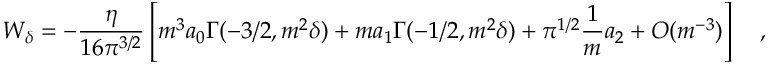
W _ { \delta } = - { \frac { \eta } { 1 6 \pi ^ { 3 / 2 } } } \left[ m ^ { 3 } a _ { 0 } \Gamma ( - 3 / 2 , m ^ { 2 } \delta ) + m a _ { 1 } \Gamma ( - 1 / 2 , m ^ { 2 } \delta ) + \pi ^ { 1 / 2 } { \frac { 1 } { m } } a _ { 2 } + O ( m ^ { - 3 } ) \right] ~ ~ ~ ,